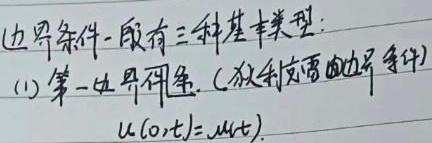
边界条件一般有三种基本类型：(1) 第一边界条件（狄利克雷边界条件）：\(u(0,t)=\mu(t)\)。